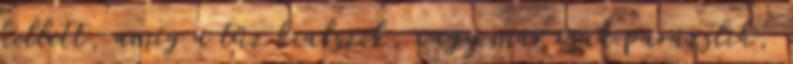
kellett, amíg a tűz kialszik, vagy már csak parázslik,